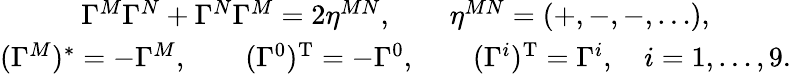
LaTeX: \begin{array}{c}{{\Gamma^{M}\Gamma^{N}+\Gamma^{N}\Gamma^{M}=2\eta^{MN},\qquad\eta^{MN}=(+,-,-,\dots),}}\\ {{(\Gamma^{M})^{*}=-\Gamma^{M},\qquad(\Gamma^{0})^{\mathrm{T}}=-\Gamma^{0},\qquad(\Gamma^{i})^{\mathrm{T}}=\Gamma^{i},\quad i=1,\dots,9.}}\end{array}